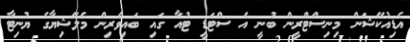
އެޑިއުކޭޝަން މިނިސްޓްރީން ބުނީ އެ ސްޓަޑީ ޓުއާ ގައި ބައިވެރިން މެލޭޝިޔާގެ ޔުނިޓާ